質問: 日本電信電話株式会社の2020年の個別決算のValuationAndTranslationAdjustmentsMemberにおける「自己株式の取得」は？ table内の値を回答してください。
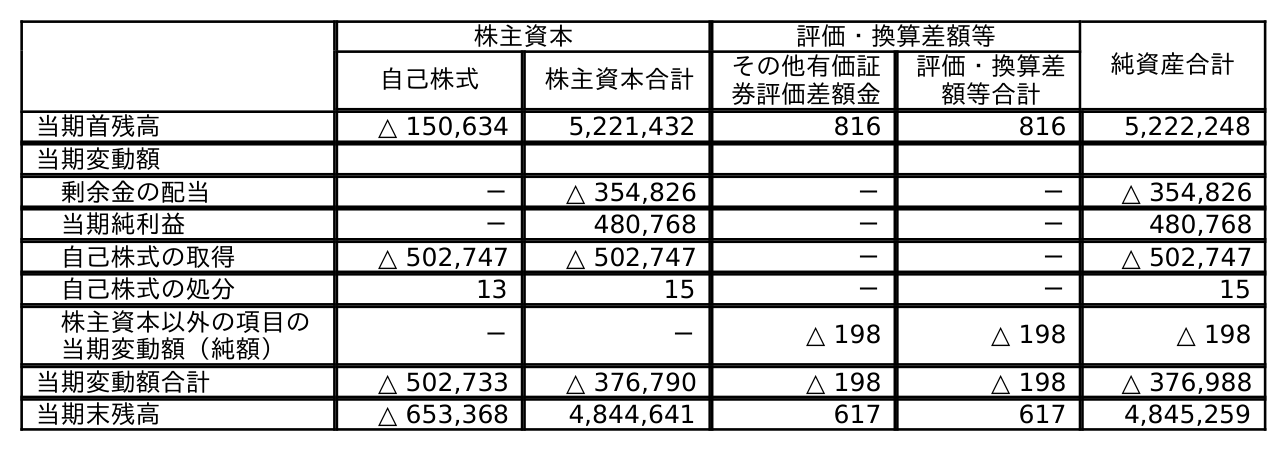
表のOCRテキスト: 株主資本 評価・換算差額等 純資産合計 自己株式 株主資本合計 その他有価証 券評価差額金 評価・換算差 額等合計 当期首残高 △ 150,634 5,221,432 816 816 5,222,248 当期変動額 剰余金の配当 － △ 354,826 － － △ 354,826 当期純利益 － 480,768 － － 480,768 自己株式の取得 △ 502,747 △ 502,747 － － △ 502,747 自己株式の処分 13 15 － － 15 株主資本以外の項目の 当期変動額（純額） － － △ 198 △ 198 △ 198 当期変動額合計 △ 502,733 △ 376,790 △ 198 △ 198 △ 376,988 当期末残高 △ 653,368 4,844,641 617 617 4,845,259
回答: －